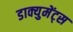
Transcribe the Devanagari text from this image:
डाक्युमेंट्स